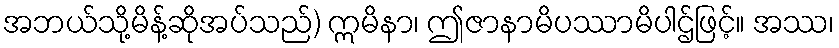
အဘယ်သို့မိန့်ဆိုအပ်သည်) ဣမိနာ၊ ဤဇာနာမိပဿာမိပါဌ်ဖြင့်။ အဿ၊